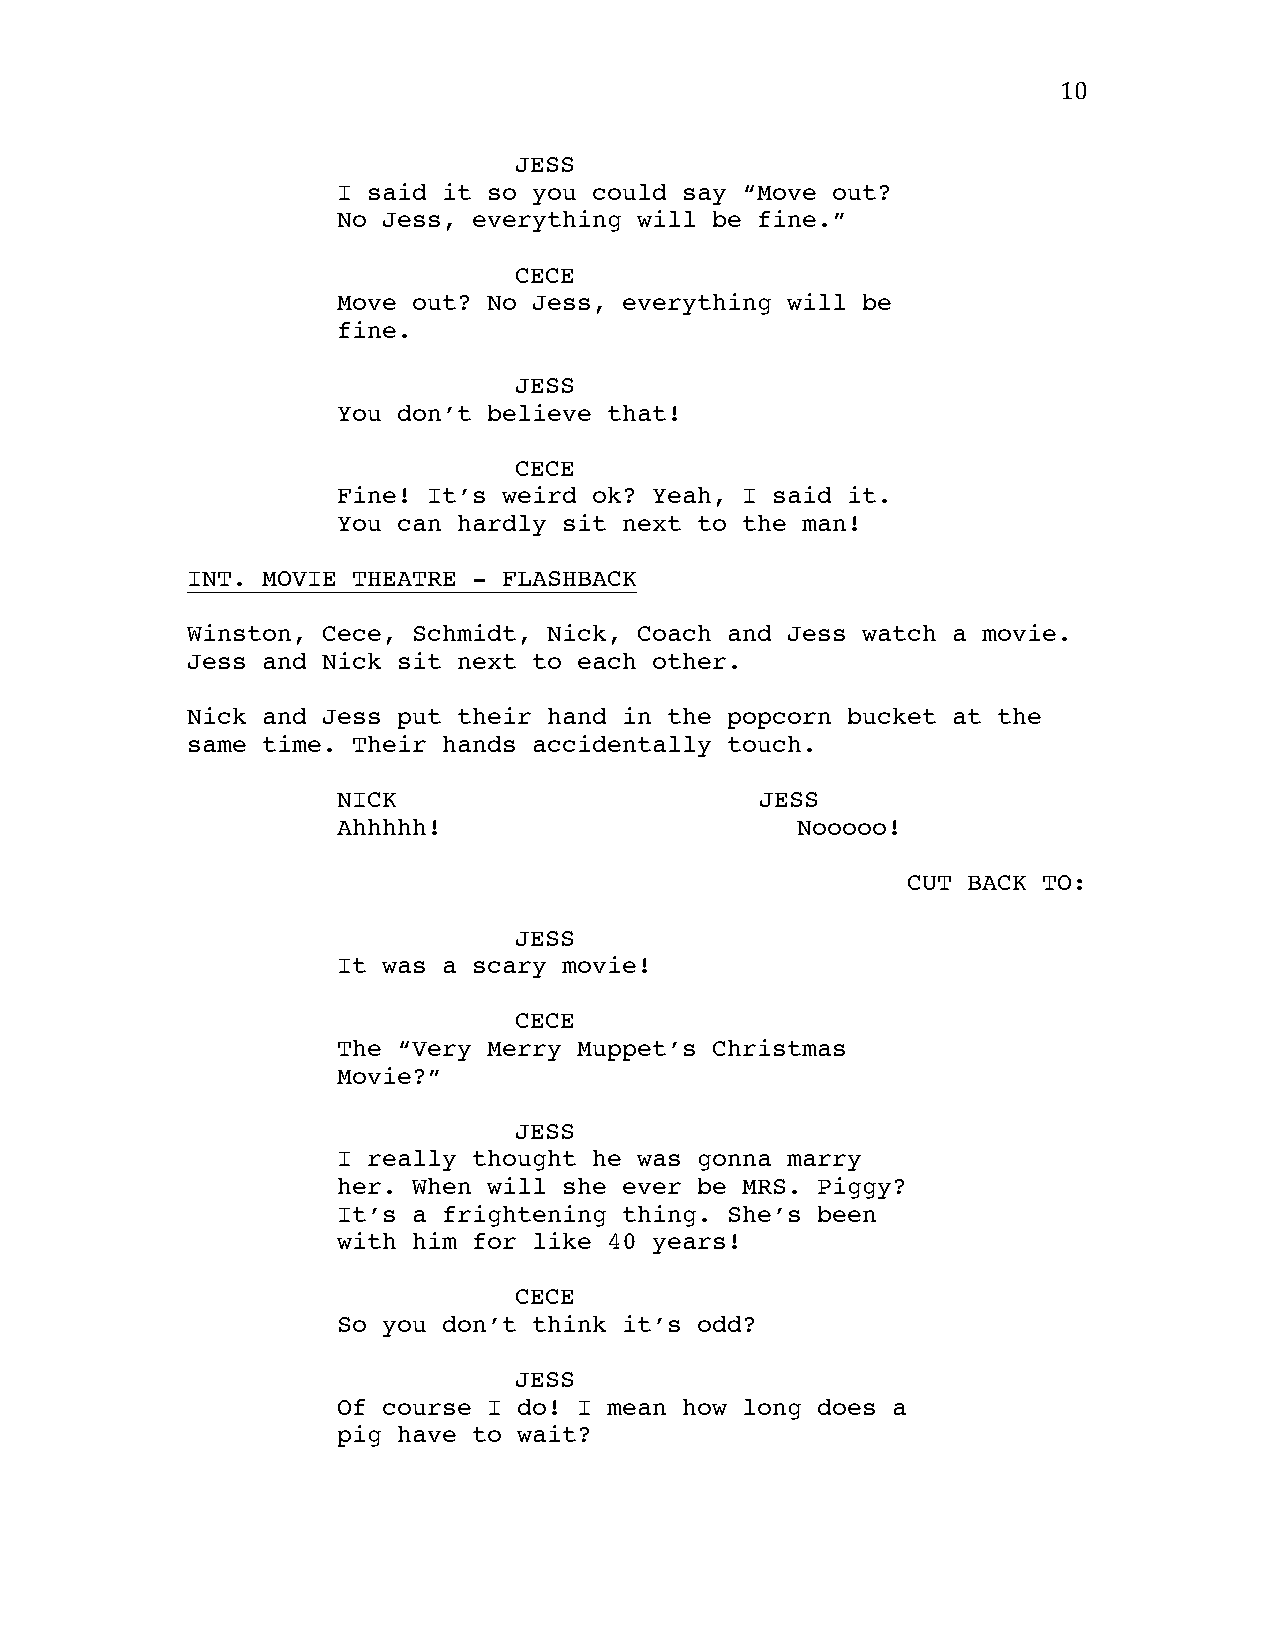
10
 JESS
 I said it so you could say “Move out?
 No Jess, everything will be fine.”
 CECE
 Move out? No Jess, everything will be
 fine.
 JESS
 You don’t believe that!
 CECE
 Fine! It’s weird ok? Yeah, I said it.
 You can hardly sit next to the man!
 INT. MOVIE THEATRE - FLASHBACK
 Winston, Cece, Schmidt, Nick, Coach and Jess watch a movie.
 Jess and Nick sit next to each other.
 Nick and Jess put their hand in the popcorn bucket at the
 same time. Their hands accidentally touch.
 NICK                        JESS
 Ahhhhh!                        Nooooo!
 CUT BACK TO:
 JESS
 It was a scary movie!
 CECE
 The “Very Merry Muppet’s Christmas
 Movie?”
 JESS
 I really thought he was gonna marry
 her. When will she ever be MRS. Piggy?
 It’s a frightening thing. She’s been
 with him for like 40 years!
 CECE
 So you don’t think it’s odd?
 JESS
 Of course I do! I mean how long does a
 pig have to wait?